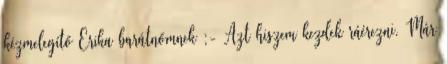
kézmelegítő Erika barátnőmnek ;- Azt hiszem kezdek ráérezni. Már